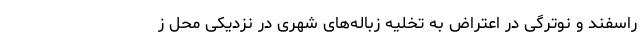
راسفند و نوترگی در اعتراض به تخلیه زباله‌های شهری در نزدیکی محل ز